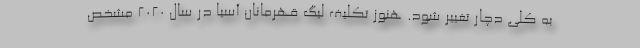
به کلی دچار تغییر شود. هنوز تکلیف لیگ قهرمانان آسیا در سال ۲۰۲۰ مشخص